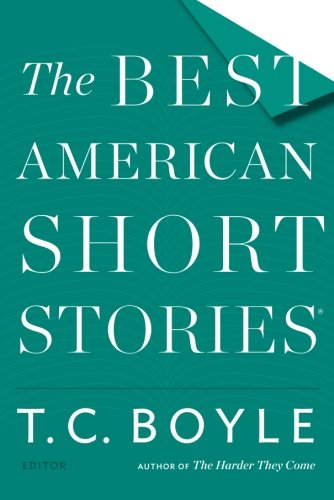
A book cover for The Best American Short Stories 2015; Literature & Fiction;